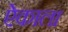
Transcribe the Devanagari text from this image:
ऐकाला